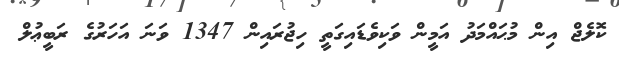
ކޮލެޖް އިން މުޙައްމަދު އަމީން ވަކިވެޑައިގަތީ ހިޖުރައިން 1347 ވަނަ އަހަރުގެ ރަބީޢުލް